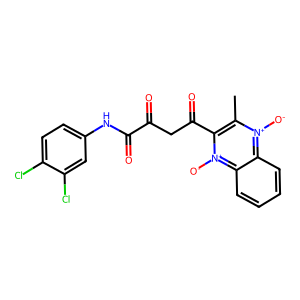
SMILES: Cc1c(C(=O)CC(=O)C(=O)Nc2ccc(Cl)c(Cl)c2)[n+]([O-])c2ccccc2[n+]1[O-]
Inhibits HIV replication: No